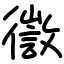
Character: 徾